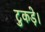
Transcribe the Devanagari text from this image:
टुकड़े।